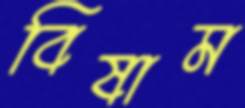
বিষাম